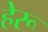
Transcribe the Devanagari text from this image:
हेरू